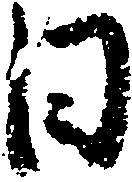
日